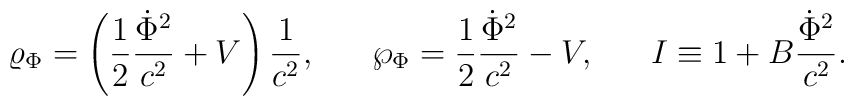
\varrho_{\Phi}=\left({1\over 2}{\dot{\Phi}^2\over c^2}+V\right){1\over c^2},\ \ \ \ \ \wp_{\Phi}={1\over 2}{\dot{\Phi}^2\over c^2}-V,\ \ \ \ \ I\equiv 1+B{\dot{\Phi}^2\over c^2}.